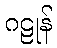
ဂဠုန်